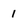
Character: 1